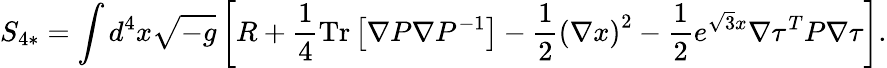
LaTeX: S_{4*}=\int d^{4}x\sqrt{-g}\left[R+\frac{1}{4}\mathrm{Tr}\left[\nabla P\nabla P^{-1}\right]-\frac{1}{2}\left(\nabla x\right)^{2}-\frac{1}{2}e^{\sqrt{3}x}\nabla\tau^{T}P\nabla\tau\right].